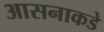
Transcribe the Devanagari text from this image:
आसनाकडे